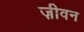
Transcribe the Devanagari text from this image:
ज़ीवन